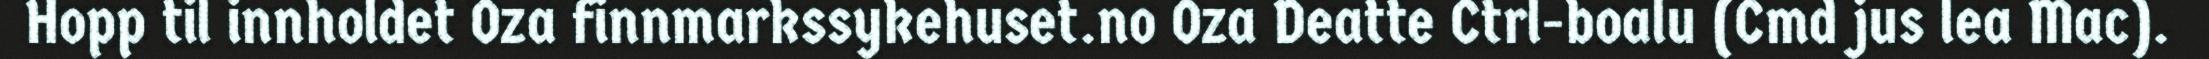
Hopp til innholdet Oza finnmarkssykehuset.no Oza Deatte Ctrl-boalu (Cmd jus lea Mac).